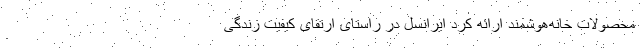
محصولات خانه‌هوشمند ارائه کرد ایرانسل در راستای ارتقای کیفیت زندگی